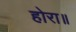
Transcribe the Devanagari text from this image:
होरा॥